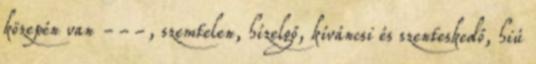
közepén van ---, szemtelen, hízelgő, kíváncsi és szenteskedő, hiú